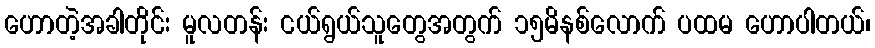
ဟောတဲ့အခါတိုင်း မူလတန်း ငယ်ရွယ်သူတွေအတွက် ၁၅မိနစ်လောက် ပထမ ဟောပါတယ်၊